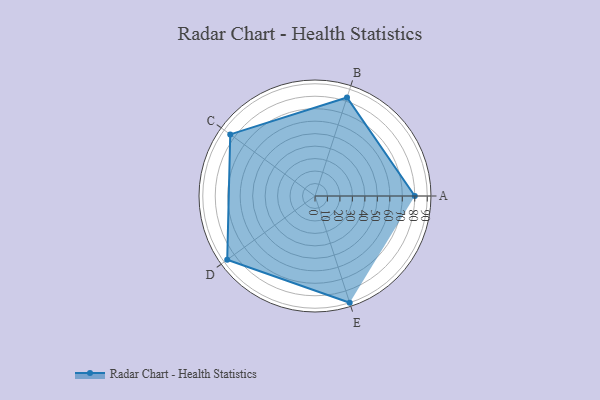
{"axis": {"x": "Skill", "y": "Score"}, "legend": ["Profile"], "data": [{"x": "A", "y": 80.0, "type": "Profile"}, {"x": "B", "y": 83.0, "type": "Profile"}, {"x": "C", "y": 84.0, "type": "Profile"}, {"x": "D", "y": 87.0, "type": "Profile"}, {"x": "E", "y": 90.0, "type": "Profile"}]}